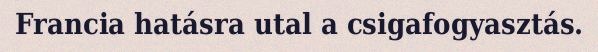
Francia hatásra utal a csigafogyasztás.